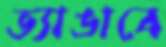
ভ্যাঙাবে